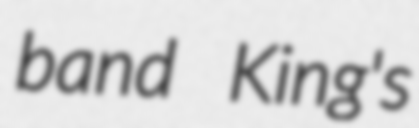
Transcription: band King's